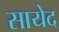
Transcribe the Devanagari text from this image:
सायेद